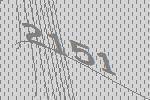
2151